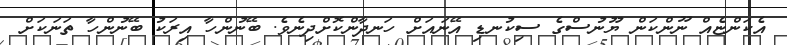
އެކަންޏެއް ނޫންކަން ޔޫނުސްގެ ސިކުނޑި އޭނައަށް ހަނދާންކޮށްދިނެވެ. ބޭނުންހާ އިރަކު ބޭނުންހާ ތަނަކަށް